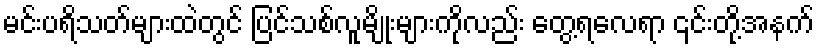
မင်းပရိသတ်များထဲတွင် ပြင်သစ်လူမျိုးများကိုလည်း တွေ့ရလေရာ ၎င်းတို့အနက်